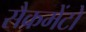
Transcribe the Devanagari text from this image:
सैक्रमेंटो